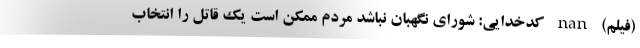
(فیلم) nan کدخدایی: شورای نگهبان نباشد مردم ممکن است یک قاتل را انتخاب